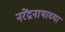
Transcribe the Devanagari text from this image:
नरेंद्रनाथाच्या